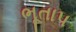
ભૂતાપ